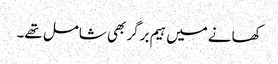
کھانے میں ہیم برگر بھی شامل تھے۔